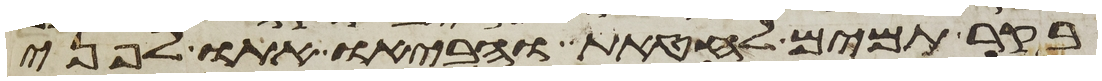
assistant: בקר תמים לחטאת והביאו אתו לפני